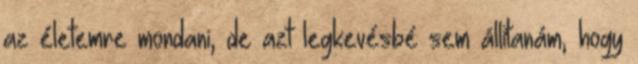
az életemre mondani, de azt legkevésbé sem állítanám, hogy